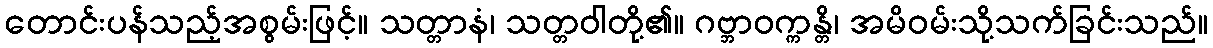
တောင်းပန်သည့်အစွမ်းဖြင့်။ သတ္တာနံ၊ သတ္တဝါတို့၏။ ဂဗ္ဘာဝက္ကန္တိ၊ အမိဝမ်းသို့သက်ခြင်းသည်။